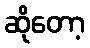
ဆိုတော့